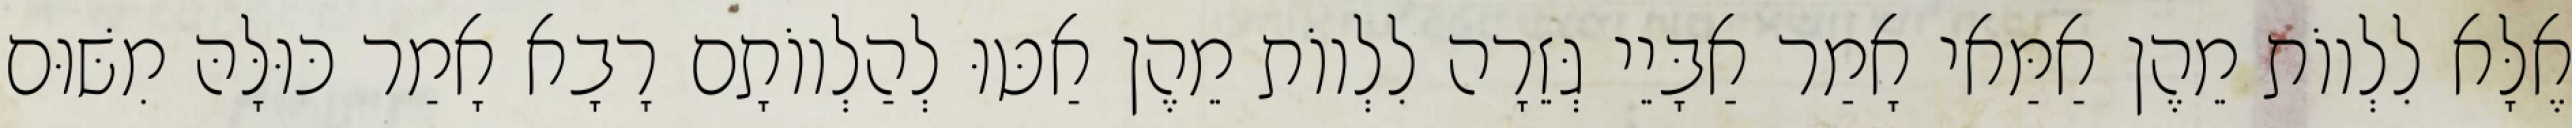
אֶלָּא לִלְווֹת מֵהֶן אַמַּאי אָמַר אַבָּיֵי גְּזֵרָה לִלְווֹת מֵהֶן אַטּוּ לְהַלְווֹתָם רָבָא אָמַר כּוּלָּהּ מִשּׁוּם